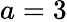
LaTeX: a=3